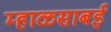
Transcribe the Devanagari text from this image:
म्हाळसाबई